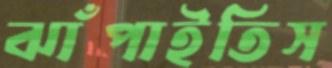
ঝাঁপাইতিস